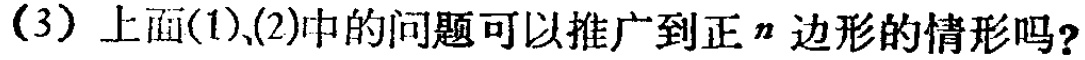
(3) 上面(1),(2)中的问题可以推广到正\(n\)边形的情形吗？